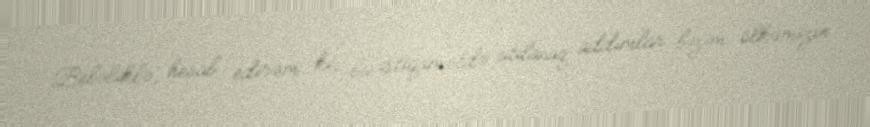
Beləliklə, hesab edirəm ki, bu istiqamətdə atılacaq addımlar bizim ölkəmizin